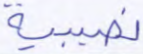
نصيبية